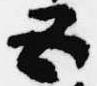
五